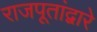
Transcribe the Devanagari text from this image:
राजपूतांद्वारे